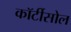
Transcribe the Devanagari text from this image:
कॉर्टीसोल